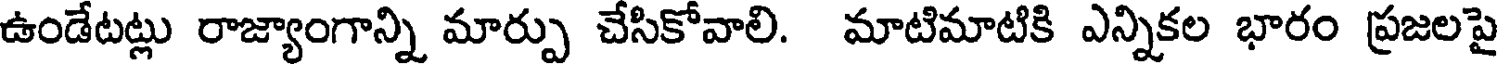
ఉండేటట్లు రాజ్యాంగాన్ని మార్పు చేసికోవాలి. మాటిమాటికి ఎన్నికల భారం ప్రజలపై